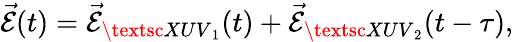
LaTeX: \vec{\mathcal{E}}(t)=\vec{\mathcal{E}}_{\textsc{XUV}_{1}}(t)+\vec{\mathcal{E}}_{\textsc{XUV}_{2}}(t-\tau),